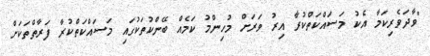
"ވާދަވެރިކަމާ އެކު މަސައްކަތްކުރާ އިރު ވަރަށް މުހިންމު ކަމެއް ބޭންކުތަކުގައި މަސައްކަތްކުރާ ފަރާތްތަކަށް